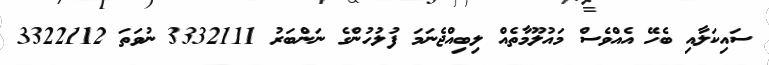
ސައިކަލާއި ބެހޭ އެއްވެސް މައުލޫމާތެއް ލިބިއްޖެނަމަ ފުލުހުންގެ ނަންބަރު 3332111 ނުވަތަ 3322112